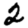
Digit: 2